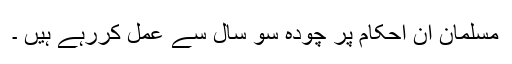
مسلمان ان احکام پر چودہ سو سال سے عمل کررہے ہیں ۔